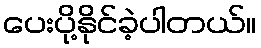
ပေးပို့နိုင်ခဲ့ပါတယ်။